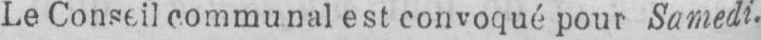
Le Conseil communal est convoqué pour Samedi.